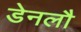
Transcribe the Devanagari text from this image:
डेनलौ